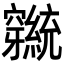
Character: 𬔕